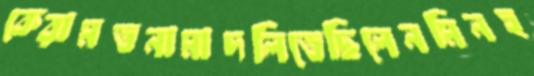
কেরামতনামাদলিতেছিলেনমিনহ